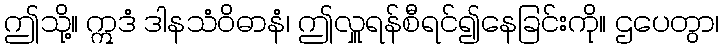
ဤသို့။ ဣဒံ ဒါနသံဝိဓာနံ၊ ဤလှူရန်စီရင်၍နေခြင်းကို။ ဌပေတွာ၊